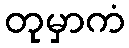
တုမှာကံ